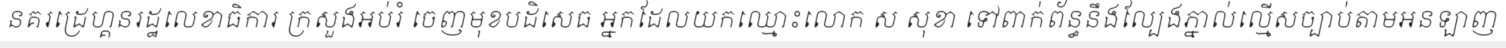
នគរដ្រេហ្គនរដ្ឋលេខាធិការ ក្រសួងអប់រំ ចេញមុខបដិសេធ អ្នកដែលយកឈ្មោះលោក ស សុខា ទៅពាក់ព័ន្ធនឹងល្បែងភ្នាល់ល្មើសច្បាប់តាមអនឡាញ